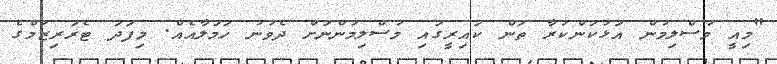
"މިއީ މުސްލިމުން އަޅުކަންކުރާ ތަން ކައިރީގައި މުސްލިމުންނަށް ދެވުނު ހަމަލާއެއް. މިފަދަ ޓެރަރިޒަމްގެ